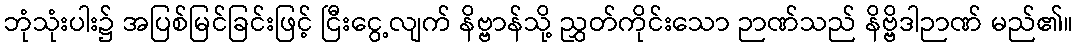
ဘုံသုံးပါး၌ အပြစ်မြင်ခြင်းဖြင့် ငြီးငွေ့လျက် နိဗ္ဗာန်သို့ ညွှတ်ကိုင်းသော ဉာဏ်သည် နိဗ္ဗိဒါဉာဏ် မည်၏။